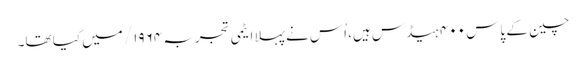
چین کے پاس ۴۰۰ ہیڈس ہیں، اُس نے پہلا ایٹمی تجربہ ۱۹۶۴/ میں کیا تھا۔